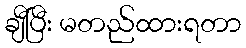
ချီပြီး မတည်ထားရတာ